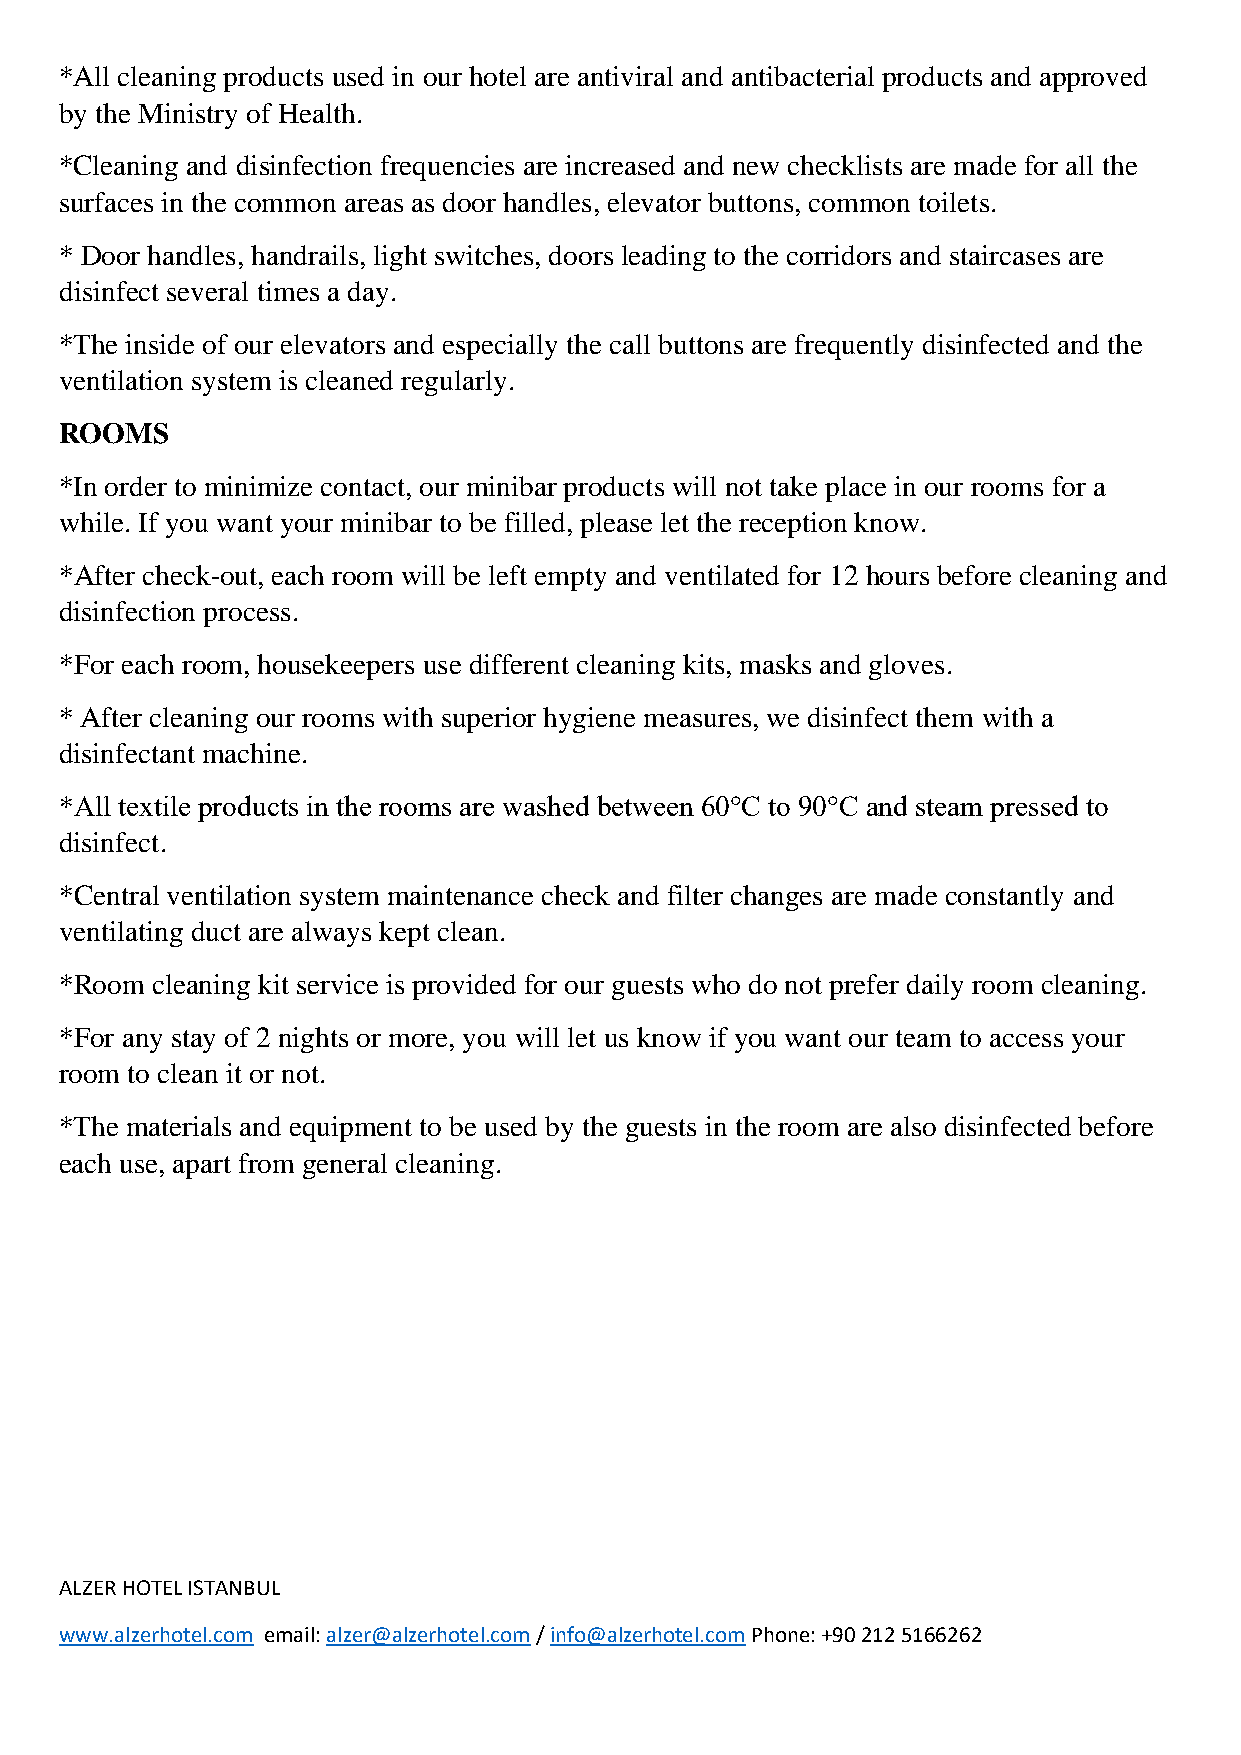
*All cleaning products used in our hotel are antiviral and antibacterial products and approved
 by the Ministry of Health.
 *Cleaning and disinfection frequencies are increased and new checklists are made for all the
 surfaces in the common areas as door handles, elevator buttons, common toilets.
 * Door handles, handrails, light switches, doors leading to the corridors and staircases are
 disinfect several times a day.
 *The inside of our elevators and especially the call buttons are frequently disinfected and the
 ventilation system is cleaned regularly.
 ROOMS
 *In order to minimize contact, our minibar products will not take place in our rooms for a
 while. If you want your minibar to be filled, please let the reception know.
 *After check-out, each room will be left empty and ventilated for 12 hours before cleaning and
 disinfection process.
 *For each room, housekeepers use different cleaning kits, masks and gloves.
 * After cleaning our rooms with superior hygiene measures, we disinfect them with a
 disinfectant machine.
 *All textile products in the rooms are washed between 60°C to 90°C and steam pressed to
 disinfect.
 *Central ventilation system maintenance check and filter changes are made constantly and
 ventilating duct are always kept clean.
 *Room cleaning kit service is provided for our guests who do not prefer daily room cleaning.
 *For any stay of 2 nights or more, you will let us know if you want our team to access your
 room to clean it or not.
 *The materials and equipment to be used by the guests in the room are also disinfected before
 each use, apart from general cleaning.
 ALZER HOTEL ISTANBUL
 www.alzerhotel.com email: alzer@alzerhotel.com / info@alzerhotel.com Phone: +90 212 5166262